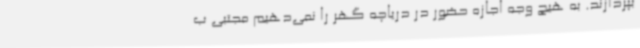
بپردازند. به هیچ وجه اجازه حضور در دریاچه گهر را نمی‌دهیم مجتبی ب